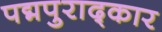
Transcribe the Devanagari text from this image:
पद्मपुराद्कार